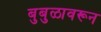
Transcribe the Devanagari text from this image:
बुबुळावरून